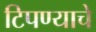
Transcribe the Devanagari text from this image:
टिपण्याचे